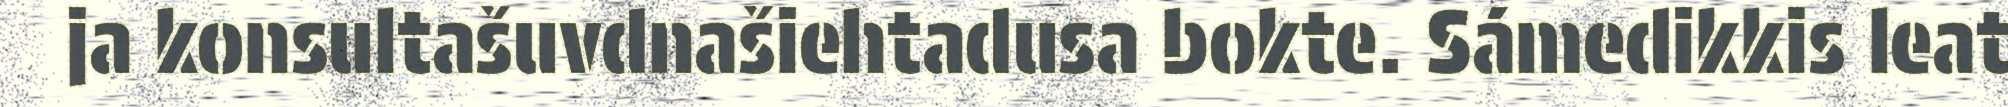
ja konsultašuvdnašiehtadusa bokte. Sámedikkis leat